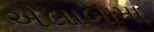
એલાબામા